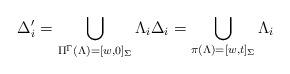
LaTeX: \begin{align*}\Delta '_i = \bigcup_{\Pi ^\Gamma(\Lambda )=[w, 0]_\Sigma} \Lambda _i \Delta _i = \bigcup_{\pi(\Lambda )=[w, t]_\Sigma} \Lambda _i\end{align*}